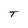
Character: T